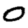
Digit: 0